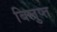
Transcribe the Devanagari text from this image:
बिलुप्त